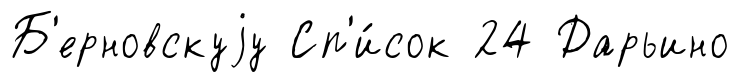
Б'ерновскуjу Сп'и́сок 24 Дарьино